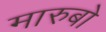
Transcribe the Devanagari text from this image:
मारुबो